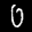
Label: 0